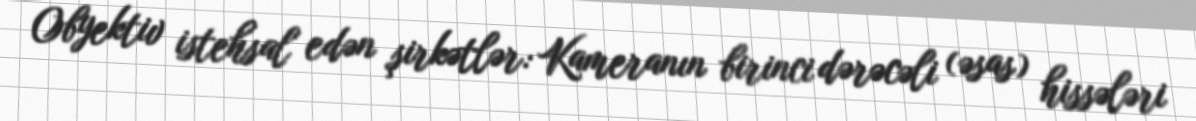
Obyektiv istehsal edən şirkətlər: Kameranın birinci dərəcəli (əsas) hissələri